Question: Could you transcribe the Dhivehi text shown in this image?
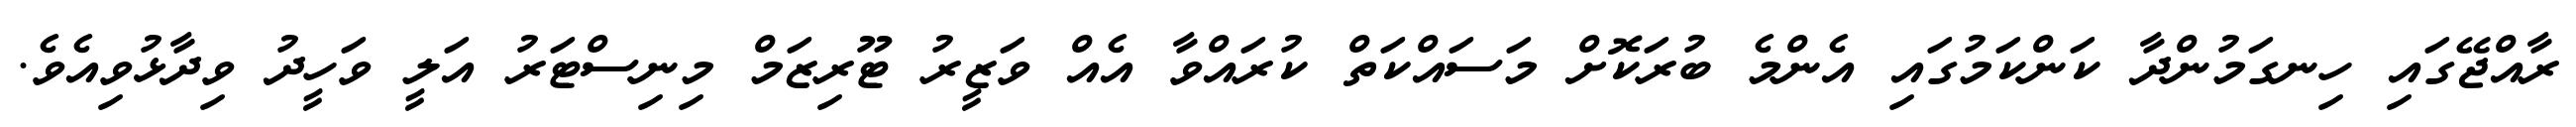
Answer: ރާއްޖޭގައި ހިނގަމުންދާ ކަންކަމުގައި އެންމެ ބުރަކޮށް މަސައްކަތް ކުރައްވާ އެއް ވަޒީރު ޓޫރިޒަމް މިނިސްޓަރު އަލީ ވަހީދު ވިދާޅުވިއެވެ.